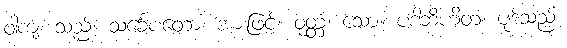
ဝါကျံ၊ သည်။ သင်္ခေပတော၊ အားဖြင့်။ ဝုတ္တံ၊ သော။ ပဒါဘိဟိတံ၊ ပုဒ်သည်